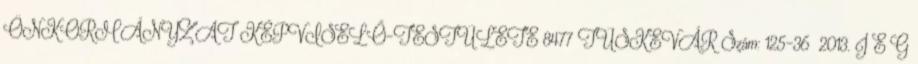
ÖNKORMÁNYZAT KÉPVISELŐ-TESTÜLETE 8477 TÜSKEVÁR Szám: 125-36 2013. J E G